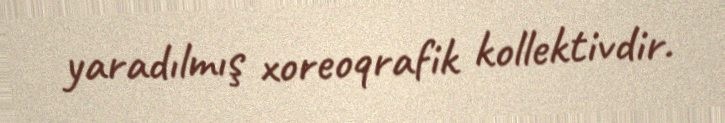
yaradılmış xoreoqrafik kollektivdir.